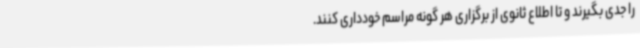
را جدی بگیرند و تا اطلاع ثانوی از برگزاری هر گونه مراسم خودداری کنند.